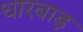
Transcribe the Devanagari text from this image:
धारबाड़